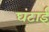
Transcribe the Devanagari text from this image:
घंटाई